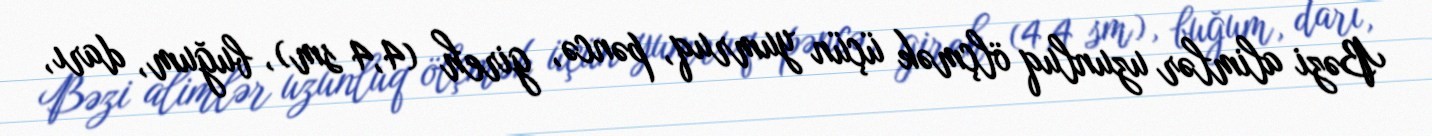
Bəzi alimlər uzunluq ölçmək üçün yumruq, pəncə, gireh (4,4 sm), buğum, darı,